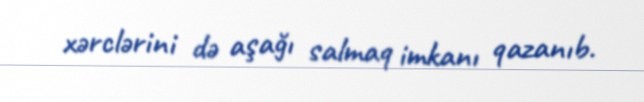
xərclərini də aşağı salmaq imkanı qazanıb.